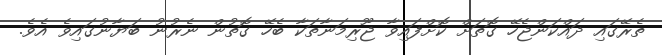
ތެރޭގައި ދައްކަންޖެހޭ ގޮތަށް ކޮށްފައިވާ ޖޫރިމަނާތަކާ ބެހޭ ގޮތުން ނެރުނު ބަޔާނުގައިވެ އެވެ.